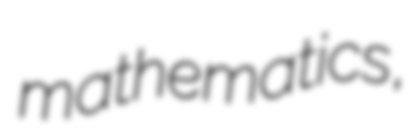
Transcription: mathematics,